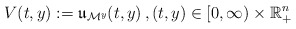
\begin{align*}V(t,y):=\mathfrak{u}_{\mathcal{M}^{y}}(t,y)\,, (t,y)\in [0, \infty)\times\mathbb{R}_{+}^n\end{align*}